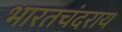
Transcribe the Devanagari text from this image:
भारतचंदराय